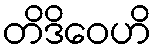
တိဒိဝေဟိ